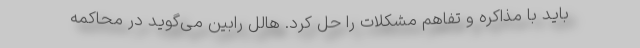
باید با مذاکره و تفاهم مشکلات را حل کرد. هالل رابین می‌گوید در محاکمه